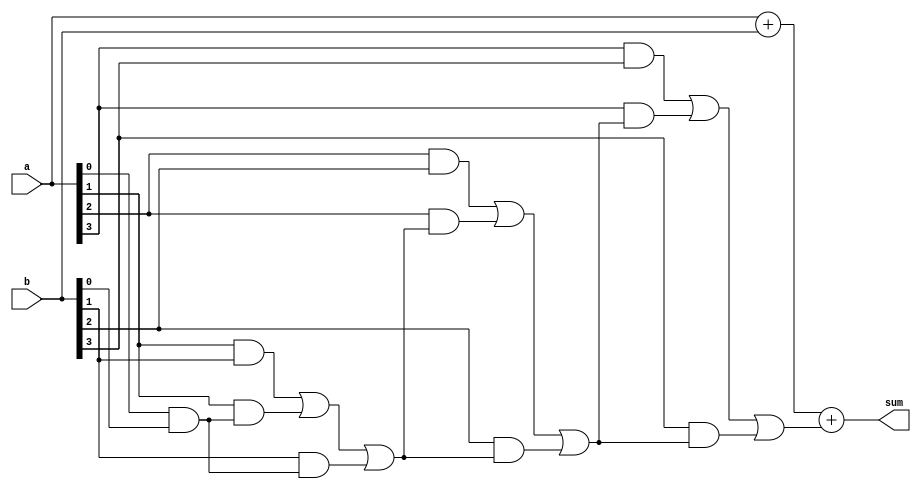
module manchester_carry_chain_adder (
    input wire [3:0] a,
    input wire [3:0] b,
    output reg [3:0] sum
);

reg [4:0] carry;

always @ (a, b) begin
    carry[0] = 0;
    carry[1] = (a[0] & b[0]);
    carry[2] = (a[1] & b[1]) | (a[1] & carry[1]) | (b[1] & carry[1]);
    carry[3] = (a[2] & b[2]) | (a[2] & carry[2]) | (b[2] & carry[2]);
    carry[4] = (a[3] & b[3]) | (a[3] & carry[3]) | (b[3] & carry[3]);

    sum = a + b + carry[4];
end

endmodule